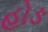
હોઙ